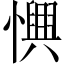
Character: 𢣹